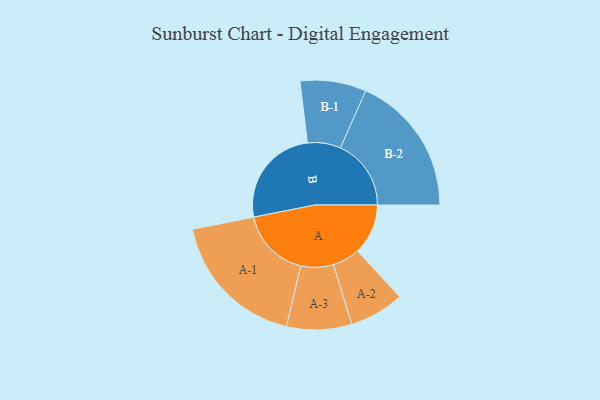
{"axis": {"x": "Segment", "y": "Value"}, "legend": ["", "A", "B"], "data": [{"x": "A", "y": 196, "type": ""}, {"x": "B", "y": 391, "type": ""}, {"x": "A-1", "y": 272, "type": "A"}, {"x": "A-2", "y": 106, "type": "A"}, {"x": "A-3", "y": 126, "type": "A"}, {"x": "B-1", "y": 128, "type": "B"}, {"x": "B-2", "y": 274, "type": "B"}]}